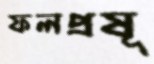
ফলপ্রষূ